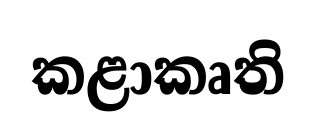
කළාකෘති